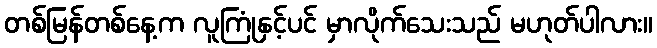
တစ်မြန်တစ်နေ့က လူကြုံနှင့်ပင် မှာလိုက်သေးသည် မဟုတ်ပါလား။